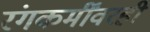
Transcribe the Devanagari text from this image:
रंगकर्मींवरही